Tartu_Kolgata_baptistikogudus, lk 5
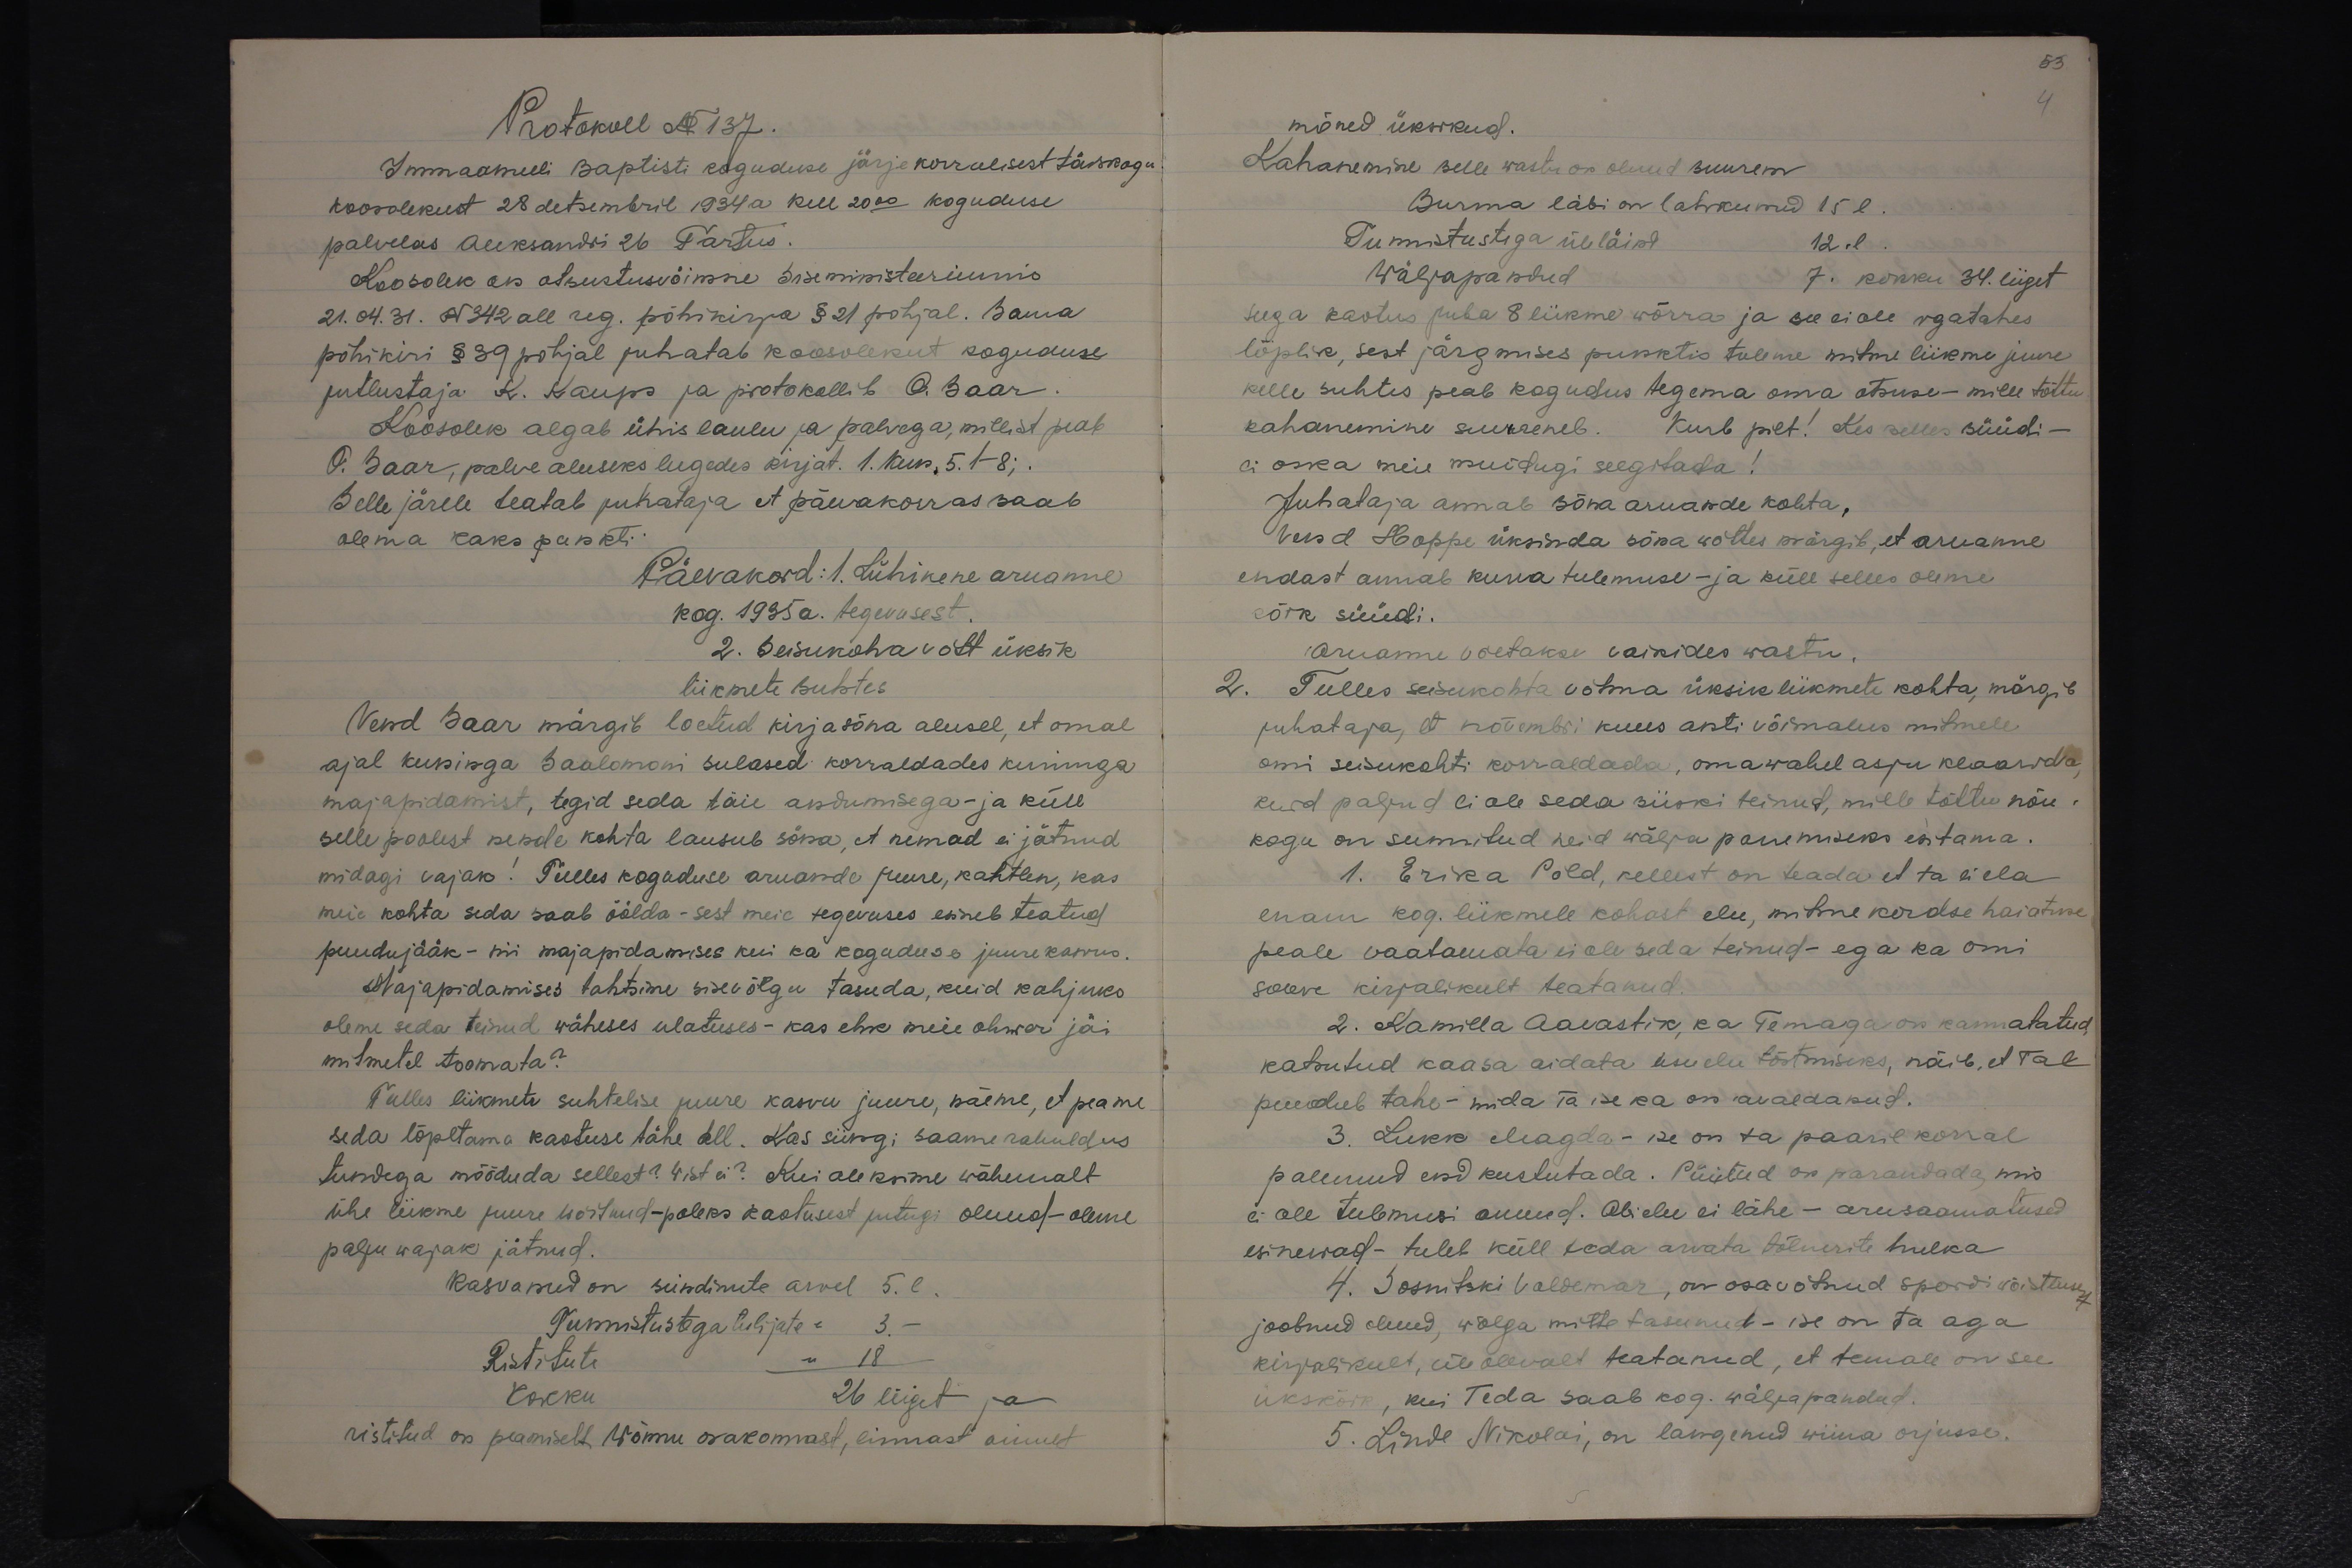
Protokoll N 137.
Immaanueli Baptisti koguduse järjekorralisest täiskogu
koosolekust 28 detsembril 1934 a kell 20.00 koguduse
palvelas Aleksandri 26 Tartus.
Koosolek on otsustusvõimne Siseministeeriumis
21.04.31. N 342 all reg. põhikirja § 21 põhjal. Sama
põhikiri § 39 põhjal juhatab koosolekut koguduse
jutlustaja K. Kaups ja protokollib O. Saar.
Koosolek algab ühis laulu ja palvega, millist peab
O. Saar, palve aluseks lugedes kirjat. 1. Kun, 5. 1-8;
Selle järele teatab juhataja et päevakorras saab
olema kaks punkti.
Päevakord: 1. Lühikene aruanne
kog. 1935 a. tegevusest.
2. Seisukohavõtt üksik
liikmete suhtes
Vend Saar märgib loetud kirjasõna alusel, et omal
ajal kuninga Saalomoni sulased korraldades kuninga
majapidamist, tegid seda täie andumisega - ja küll
selle poolest nende kohta lausub sõna, et nemad ei jätnud
midagi vajak! Tulles koguduse aruande juure, kahtlen, kas
meie kohta seda saab öölda - sest meie tegevuses esineb teatud
puudujääk - nii majapidamises kui ka koguduse juurekasvus.
Majapidamises tahtsime sisevõlgu tasuda, kuid kahjuks
oleme seda teinud wäheses ulatuses - kas ehk meie ohwer jäi
mitmetel toomata?
Tulles liikmete suhtelise juure kasvu juure, näeme, et peame
seda lõpetama kaotuse tähe all. Kas siingi saame rahuldus
tundega mööduda sellest? Wist ei? Kui oleksime wähemalt
ühe liikme juure wõitnud - poleks kaotusest jutugi olnud - oleme
palju wajak jätnud.
kasvasked on sündinute arvel 5. l.
Tunnistustega tulijate " 3. -
Ristitute " 18
Kokku 26 liiget ja
ristitud on peamiselt Wõnnu osakonnast, linnast ainult

53.
mõned üksikud.
Kahanemine selle wastu on olnud suurem
Surma läbi on lahkunud 15 l.
Tunnistustega üle läind 12. l
Wäljapandud 7. kokku 34. liiget
seega kaotus juba 8 liikme wõrra ja see ei ole igatahes
lõplik, sest järgmises punktis tuleme mitme liikme juure
kelle suhtes peab kogudus tegema oma otsuse - mille tõttu
kahanemine suureneb. Kurb pilt! Kes selles süüdi -
ei oska meie muidugi selgitada!
Juhataja annab sõna aruande kohta,
Vend Hoppe üksinda sõna wõttes märgib, et aruanne,
endast annab kurva tulemuse - ja küll selles oleme.
kõik süüdi.
Aruanne võetakse vaikides wastu.
2. Tulles seisukohta võtma üksik liikmete kohta märgib
juhataja, et novembri kuus anti võimalus mitmele
omi seisukohti korraldada, omawahel asju klaarida,
kuid paljud ei ole seda siiski teinud, mille tõttu nõu-
kogu on sunnitud neid wälja panemiseks esitama.
1. Erika Põld, kellest on teada et ta ei ela
enam kog. liikmele kohast elu, mitme kordse hoiatuse
peale vaatamata ei ole seda teinud - ega ka omi
soove kirjalikult teatanud
2. Kamilla Aavastik, ka Temaga on kannatatud
katsutud kaasa aidata uue elu tõstmiseks, näib, et Tal
puudub tahe - mida ta ise ka on avaldanud.
3. Lukk Magda - ise on ta paaril korral
palunud end kustutada. Püütud on parandada, mis
ei ole tulemusi annud. Abielu ei lähe - arusaamatused
esinewad - tuleb küll teda arvata tõlnerite hulka
4. Sosnitski Voldemar, on osavõtnud spordi wõistluse
joobnud olnud, wõlga mitte tasunud - ise on ta aga
kirjalikult, üleolevalt teatanud, et temale on see
ükskõik, kui Teda saab kog. wäljapandud.
5. Linde Nikolai, on langenud wiina orjusse.